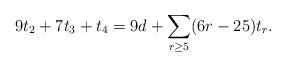
LaTeX: \begin{align*}9t_{2} + 7t_{3} + t_{4} = 9d + \sum_{r\geq 5} (6r-25)t_{r}.\end{align*}